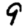
Digit: 9